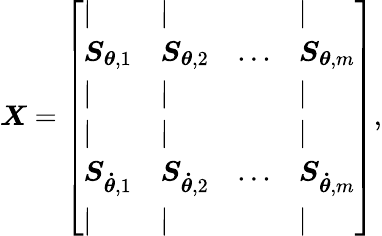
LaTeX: \boldsymbol{\mathit{X}}=\left[\begin{array}{llll}{|}&{|}&{}&{|}\\ {\boldsymbol{S}_{\boldsymbol{\theta},1}}&{\boldsymbol{S}_{\boldsymbol{\theta},2}}&{...}&{\boldsymbol{S}_{\boldsymbol{\theta},m}}\\ {|}&{|}&{}&{|}\\ {|}&{|}&{}&{|}\\ {\boldsymbol{S}_{\boldsymbol{\dot{\theta}},1}}&{\boldsymbol{S}_{\boldsymbol{\dot{\theta}},2}}&{...}&{\boldsymbol{S}_{\boldsymbol{\dot{\theta}},m}}\\ {|}&{|}&{}&{|}\end{array}\right],